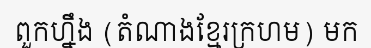
ពួកហ្នឹង (តំណាងខ្មែរក្រហម) មក